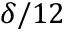
\delta / 1 2